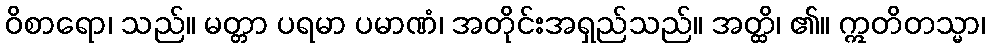
ဝိစာရော၊ သည်။ မတ္တာ ပရမာ ပမာဏံ၊ အတိုင်းအရှည်သည်။ အတ္ထိ၊ ၏။ ဣတိတသ္မာ၊